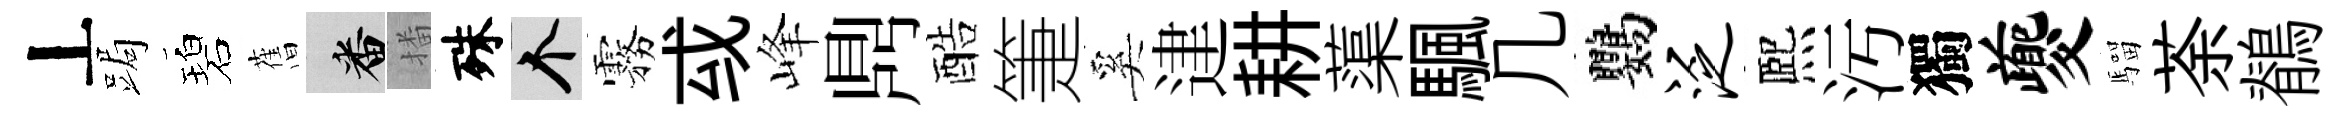
丄跼碧𦾔番播殊个霧㦯峰𪔂酷箑奚䢖耕蕖颿几鸚泛熈汚獨夔騮荼鶺